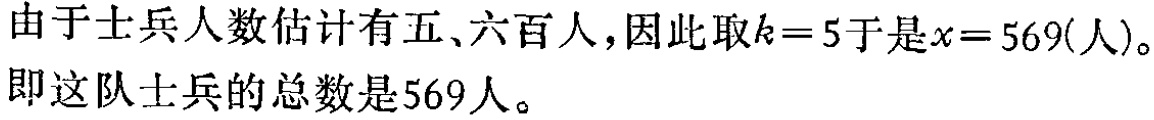
由于士兵人数估计有五、六百人，因此取\(k = 5\)于是\(x = 569(\text{人})\)。即这队士兵的总数是569人。